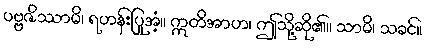
ပဗ္ဗဇိဿာမိ၊ ရဟန်းပြုအံ့။ ဣတိအာဟ၊ ဤသို့ဆို၏။ သာမိ၊ သခင်။